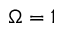
\Omega = 1